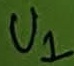
Text: U1